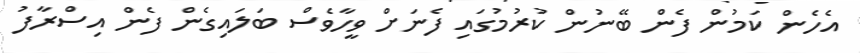
އެހެން ކަމުން ފެން ބޭނުން ކުރުމުގައި ފެނަށް ވީހާވެސް ބަލައިގެން ފެން އިސްރާފު